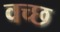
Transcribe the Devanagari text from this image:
वच्छ